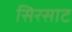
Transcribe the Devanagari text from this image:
सिरसाट